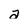
Character: a